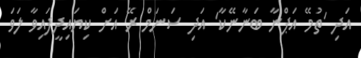
އަދި 'ތުމޭ އަޕްނާ ބަނާނޭކާ' އަދި ސަނަމް ރޭ އަށް ކިޔައިދީފައިވާ ލަވަ